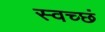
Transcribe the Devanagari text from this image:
स्वच्छं